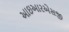
આઇઆરએસજી